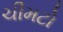
ચીમટો